system: You are a helpful assistant.
user:
Analyze the provided spectrum to determine if it is a **White Dwarf (WD)**.

A White Dwarf spectrum is defined by its **extreme purity** (due to gravitational settling) and/or **extreme pressure broadening** (due to high surface gravity). You must check for one of the following mutually exclusive signatures:

- **Key Visual Indicators (Check for ONE of these types):**

    - **1. DA-Type Signature (Most Common):**
        - **(Primary Feature):** Extreme pressure broadening (Stark broadening) of the **Hydrogen (H) Balmer lines**.
        - **(Key Lines):** $H\beta$ (approx. $4861$ Å) and $H\gamma$ (approx. $4340$ Å). $H\alpha$ (approx. $6563$ Å) will also be present if the wavelength range covers it.
        - **(Line Profile):** This is the **defining feature**. The lines are **NOT** sharp. They appear as massive, **extremely broad and deep "troughs" or "dips"** in the spectrum, often hundreds of Ångströms wide. The continuum will appear to "scoop" down at these wavelengths.
        - **(Distinction):** Normal A-type or B-type stars have *narrow* and *sharp* Hydrogen lines. A DA White Dwarf's lines are unmistakably "smeared" or "blurry" from pressure.

    - **2. DB-Type Signature:**
        - **(Primary Feature):** Broad absorption lines from **Neutral Helium (He I)**. The spectrum must lack any visible Hydrogen lines.
        - **(Key Lines):** Look for broad absorption near $4471$ Å, $4921$ Å, and $5876$ Å.
        - **(Line Profile):** These lines are also significantly pressure-broadened, appearing much wider than they would in a normal B-type main-sequence star.

    - **3. DC-Type Signature:**
        - **(Primary Feature):** A **featureless continuous spectrum**.
        - **(Line Profile):** The spectrum is a smooth curve with **no significant absorption or emission lines**.
        - **(Key Confirmation):** The continuum is almost always **blue or white**, indicating a hot object. This signature implies the atmosphere is so pure (or so cool) that no spectral lines are visible in the optical range. Its WD identity is confirmed by its extremely low intrinsic brightness (high absolute magnitude).

    - **4. DZ-Type Signature (Metal-Polluted):**
        - **(Primary Feature):** **Isolated, narrow metal absorption lines** on an otherwise featureless (DC-like) continuum.
        - **(Key Lines):** The **Calcium (Ca II) H & K doublet** (approx. **$3934$ Å** and **$3968$ Å**) is the most common and defining feature.
        - **(Line Profile):** These lines are "out of place." They are *not* part of a "forest" of thousands of lines. This signature is evidence of recent *accretion* (pollution) from rocky debris.
        - **(Distinction):** Normal G/K/M stars have a *dense forest* of thousands of metal lines. A DZ has a *clean* continuum with *only a few* strong metal lines.

    - **5. DQ-Type Signature (Carbon-Polluted):**
        - **(Primary Feature):** Absorption bands from **Carbon (C₂ "Swan Bands" or atomic C I)**.
        - **(Key Lines - C₂):** Look for bandheads with a "saw-tooth" shape near $5635$ Å, **$5165$ Å** (strongest), and $4737$ Å.
        - **(Key Confirmation):** The underlying **continuum must be blue or white** (hot).
        - **(Distinction):** This is the critical difference from a **Carbon Star**, which has the *exact same* C₂ bands but on an extremely **red, cool** continuum.

- **(Overall Spectrum):**
    - The continuum (overall shape) is typically **blue-sloping** (brighter in the blue than the red), as most white dwarfs are very hot.
    - The spectrum will look "pure" or "simple," dominated by only *one* of the five signatures listed above.

Think first, call **spectral_visualization_tool** if needed to examine features in detail, then provide your final answer. Your response must adhere to the following strict rules:
1.  **Overall Structure:** Your response must follow the format `<think>...</think> <tool_call>...</tool_call> (if a tool is used) <answer>...</answer>`.
2.  **Tool Usage Constraint:** You may only make **one** tool call per turn.
3.  **Final Answer Format:** In the `<answer>` tag, your conclusion must be inside a `\boxed{}` command (e.g., `\boxed{YES}` or `\boxed{NO}`), followed by your justification.

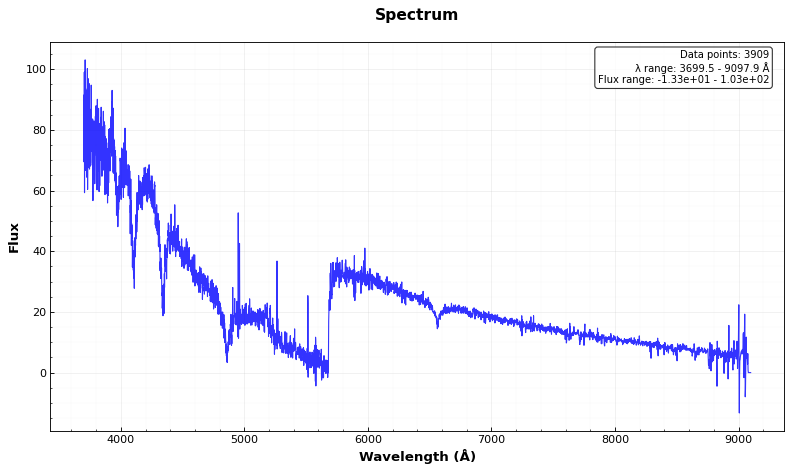
Answer: YES